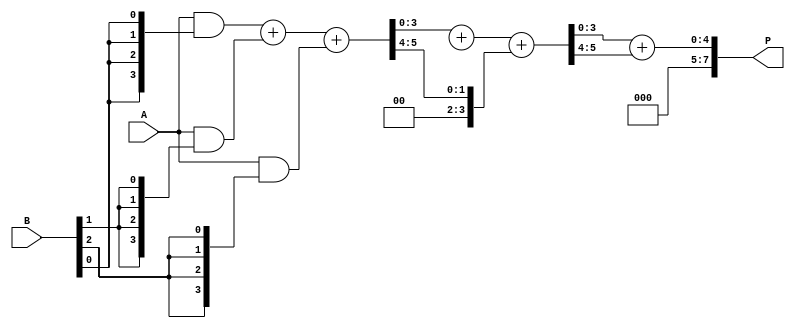
module wallace_tree_multiplier #(parameter N = 4) (
    input [N-1:0] A,
    input [N-1:0] B,
    output [2*N-1:0] P
);
    // Partial product generation
    wire [N-1:0] pp [N-1:0]; // Partial products
    genvar i, j;
    generate
        for (i = 0; i < N; i = i + 1) begin : pp_gen
            assign pp[i] = A & {N{B[i]}};
        end
    endgenerate

    // Wallace tree reduction
    wire [N-1:0] sum [N-1:0];
    wire [N-1:0] carry [N-1:0];
    wire [N-1:0] final_sum, final_carry;

    // Initial CSA stages
    generate
        for (i = 0; i < N; i = i + 1) begin : CSA_stage
            if (i % 3 == 0) begin
                assign {carry[i], sum[i]} = pp[i] + pp[i+1] + pp[i+2];
            end
        end
    endgenerate

    // Further reduction of sums and carries
    // This part may need to be adjusted based on the number of partial products
    wire [N-1:0] intermediate_sum, intermediate_carry;
    assign {intermediate_carry, intermediate_sum} = sum[0] + sum[1] + carry[0];

    // Final addition
    assign {final_carry, final_sum} = intermediate_sum + intermediate_carry;

    // Final product assignment
    assign P = {final_carry, final_sum};

endmodule